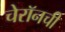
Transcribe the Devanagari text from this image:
चेरॉनची